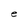
Character: e